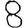
Digit: 8